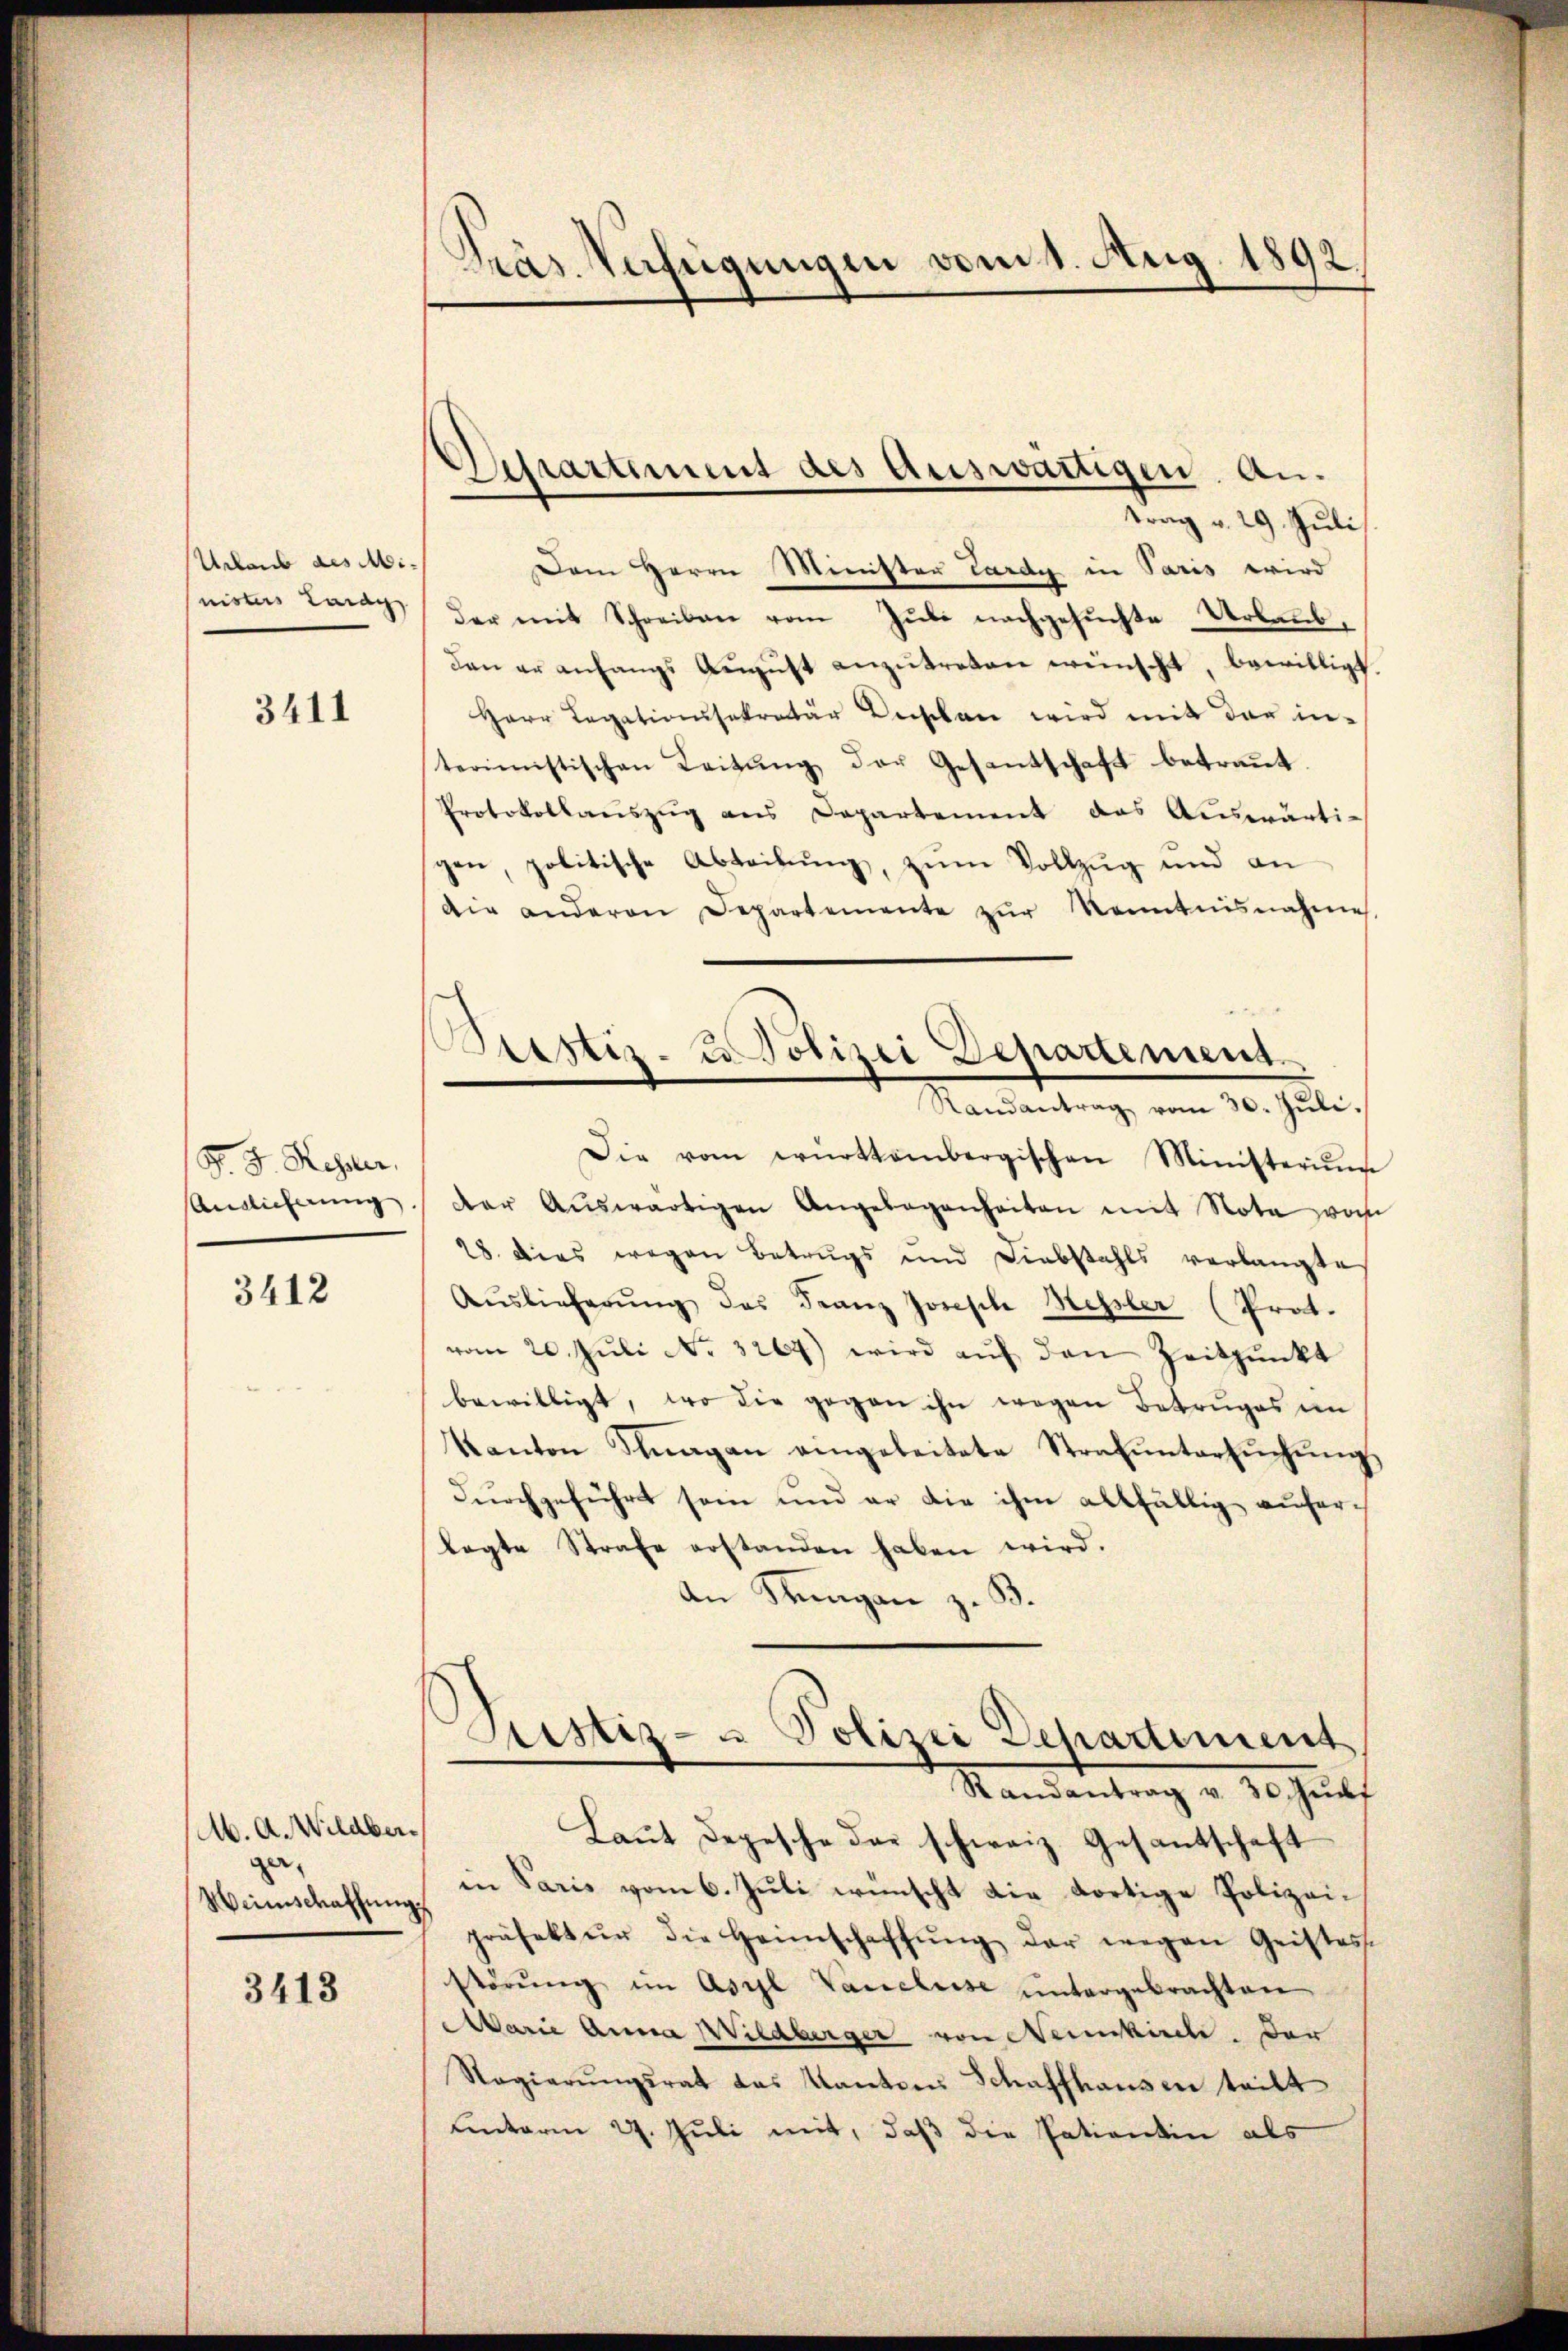
Urlaub des Ministers Carag

3411

F. J. Hegner.
Anglicherung

3412

M. A. Wildber¬

3413

Präs. Verfügungen vom 1. Aug. 1892.
e

Uessartement des Auswärtigen. An¬

trag v. 29. Juli
Dem Herrn Minister Lardy in Paris wird
der mit Schreiben vom Juli nachgesuchte Urlaubdan er anfangs Aŭgŭst anzŭtreten wünscht bewilligt.
Herr Legationssekretär Beschon wird mit der interimistischen Leitŭng der Gesantschaft betraŭt
Protokollanszug aus Departement das Auswärtigen, politische Abteilung, zum Vollzug und an
Die anderen Departemente zŭr Kenntnisnahme
Die vom württembergischen Ministeriŭm
der Aŭswärtigen Angelegenheiten mit Note woh
28. Dies wegen Betrugs und Liebstahls verlangte
Aŭslieferŭng des Franz Joseph Mepler (Prot.
vom 20. Jŭli No. 3267) wird aŭf den Zeitpunkt
bewilligt, wo die gegen ihn wegen Betruges ein
Kanton Klagan eingeleitete Strafŭntersŭchŭng
durchgeführt sein und er die ihm allfällig auferlagte Strafe erstanden haben wird.
An Stangen z. B
Justiz- u Polizei Departement
Randantrag v. 30. Jun
Laut Depesche das schweiz. Gesantschaft
in Paris vom 6. Juli wünscht die dortige Polizei¬
Weinschaffung einfektŭr die Heimschaffŭng der wegen Geistes-
störŭng im Asyl Vancluse untergebrachten
Aarie Anna Wildberger von Munkirche. Der
Ragierŭngsrat das Kanton Schaffhausen teilt
unterm 27. Juli mit, daß die Patientin als

Brustiz- u. Polizei Departement
Randantrag vom 30. Juli.